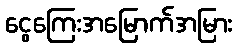
ငွေကြေးအမြောက်အမြား